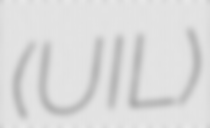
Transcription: (UIL)